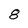
Character: 8